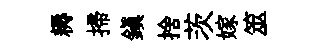
耨掃鎭捨茨嫁筮